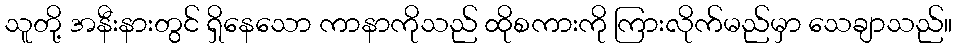
သူတို့ အနီးနားတွင် ရှိနေသော ကာနာကိုသည် ထိုစကားကို ကြားလိုက်မည်မှာ သေချာသည်။